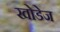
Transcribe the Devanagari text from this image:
खोडेज